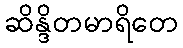
ဆိန္ဒိတမာရိတေ